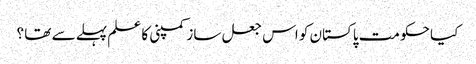
کیا حکومت پاکستان کو اس جعل ساز کمپنی کا علم پہلے سے تھا ؟